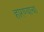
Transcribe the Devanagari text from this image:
हारण्याचा